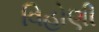
વિહોણી